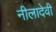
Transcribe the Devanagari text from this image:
नीलादेवी